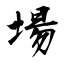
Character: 場